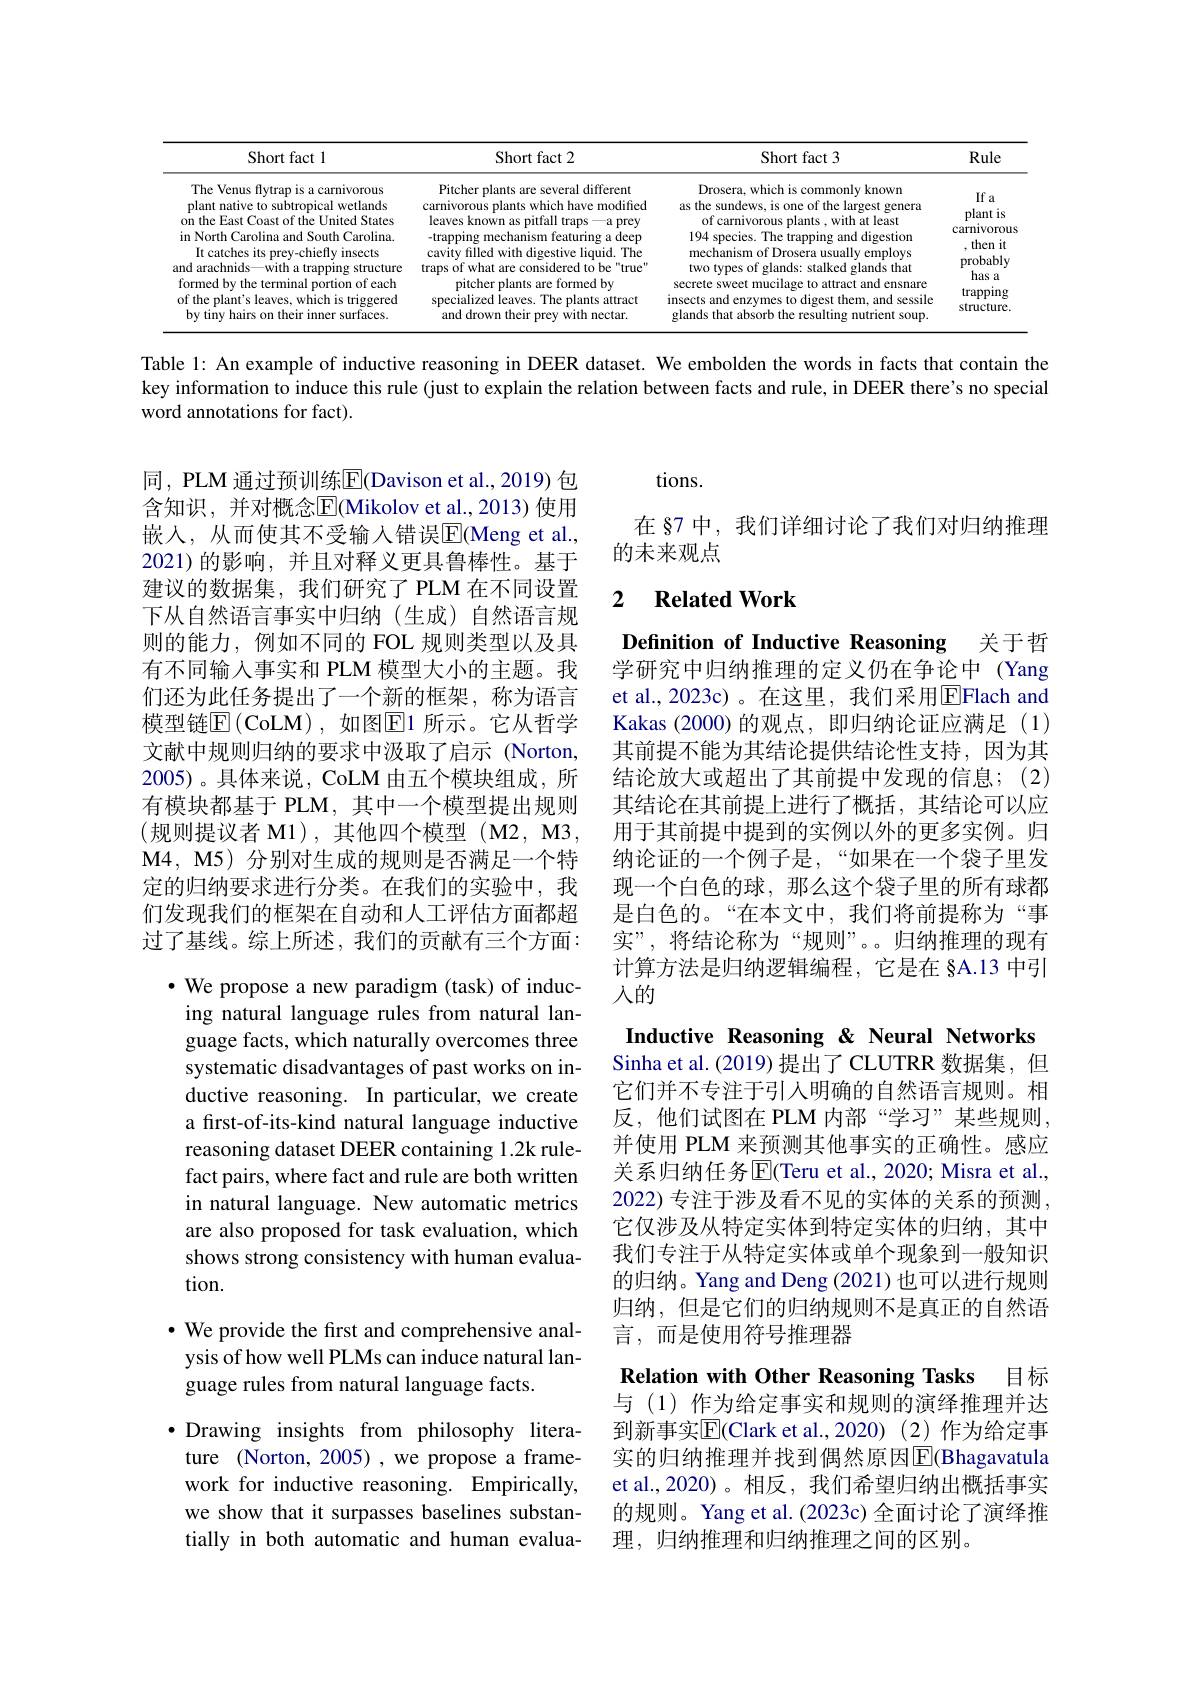
<table>
	<tbody>
		<tr>
			<th>Short fact l</th>
			<th>Short fact 2</th>
			<th>Short fact 3</th>
			<th>Rule</th>
		</tr>
		<tr>
			<td>plant native to subtropical wetlands on the East Coast of the United States in North Carolina and South Carolina It catches its prey-chiefly insects and arachnids—with a trapping structure formed by the terminal portion of each of the plant's leaves, which is triggered by tiny hairs on their inner surfaces.</td>
			<td>carnivorous plants which have modified leaves known as pitfall traps —a prey -trapping mechanism featuring a deep cavity filled with digestive liquid. The traps of what are considered to be "true" pitcher plants are formed by specialized leaves. The plants attract and drown their prey with nectar.</td>
			<td>as the sundews, is one of the largest genera of carnivorous plants , with at least 194 species. The trapping and digestion mechanism of Drosera usually employs two types of glands: stalked glands that secrete sweet mucilage to attract and ensnare insects and enzymes to digest them, and sessile glands that absorb the resulting nutrient soup.</td>
			<td>plant is carnivorous then it 1 probably has a trapping structure.</td>
		</tr>
	</tbody>
</table>

Table 1: An example of inductive reasoning in DEER dataset. We embolden the words in facts that contain the key information to induce this rule (just to explain the relation between facts and rule, in DEER there's no special word annotations for fact).

tions.

在 §7 中，我们详细讨论了我们对归纳推理
的未来观点

### 2 $\textbf{Related Work}$

同，PLM 通过预训练$\overline{\mathrm{E}}$(Davison et al., 2019) 包含知识，并对概念$\overline{\mathrm{E}}($Mikolov et al.,2013)使用嵌入，从而使其不受输入错误$\overline{\mathrm{E}}($Meng et al., 2021)的影响，并且对释义更具鲁棒性。基于建议的数据集，我们研究了 PLM 在不同设置下从自然语言事实中归纳(生成)自然语言规则的能力，例如不同的 FOL 规则类型以及具有不同输入事实和 PLM 模型大小的主题。我们还为此任务提出了一个新的框架，称为语言模型链$\mathbb{E} \left ( \mathrm{CoLM}\right ) $,如图$\boxed{\mathrm{E}}1$ 所示。它从哲学文献中规则归纳的要求中汲取了启示(Norton, 2005)。具体来说，CoLM 由五个模块组成，所有模块都基于 PLM, 其中一个模型提出规则(规则提议者 M1),其他四个模型(M2,M3 M4, M5) 分别对生成的规则是否满足一个特定的归纳要求进行分类。在我们的实验中，我们发现我们的框架在自动和人工评估方面都超过了基线。综上所述，我们的贡献有三个方面：

Definition of Inductive Reasoning 关于哲学研究中归纳推理的定义仍在争论中 (Yang et al., 2023c)。在这里，我们采用$\overline{\mathrm{E}}$Flach and Kakas (2000) 的观点，即归纳论证应满足 (1) 其前提不能为其结论提供结论性支持，因为其结论放大或超出了其前提中发现的信息；(2) 其结论在其前提上进行了概括，其结论可以应用于其前提中提到的实例以外的更多实例。归纳论证的一个例子是，“如果在一个袋子里发现一个白色的球，那么这个袋子里的所有球都是白色的。“在本文中，我们将前提称为“事实”,将结论称为“规则”。。归纳推理的现有计算方法是归纳逻辑编程，它是在 §A.13 中引人的

Inductive Reasoning &Neural Networks Sinha et al. (2019) 提出了 CLUTRR 数据集，但它们并不专注于引人明确的自然语言规则。相反，他们试图在 PLM 内部“学习”某些规则， 并使用 PLM 来预测其他事实的正确性。感应关系归纳任务$\overline{\mathrm{E}}$(Teru et al., 2020; Misra et al., 2022) 专注于涉及看不见的实体的关系的预测， 它仅涉及从特定实体到特定实体的归纳，其中我们专注于从特定实体或单个现象到一般知识的归纳。Yang and Deng (2021)也可以进行规则归纳，但是它们的归纳规则不是真正的自然语言，而是使用符号推理器
Relation with Other Reasoning Tasks 目标与 (1)作为给定事实和规则的演绎推理并达到新事实$\overline{\mathrm{E}}($Clark et al.,2020)(2)作为给定事实的归纳推理并找到偶然原因$\boxed{\mathrm{F}}$(Bhagavatula

$\cdot$ We propose a new paradigm (task) of inducing natural language rules from natural language facts, which naturally overcomes three systematic disadvantages of past works on inductive reasoning. In particular, we create a first-of-its-kind natural language inductive reasoning dataset DEER containing 1.2k rulefact pairs, where fact and rule are both written in natural language. New automatic metrics are also proposed for task evaluation, which shows strong consistency with human evaluation.

$\cdot$ We provide the first and comprehensive analysis of how well PLMs can induce natural language rules from natural language facts.

et al.,2020)。相反，我们希望归纳出概括事实的规则。Yang et al.(2023c) 全面讨论了演绎推理，归纳推理和归纳推理之间的区别。

$\bullet$ Drawing insights from philosophy literature (Norton, 2005) , we propose a framework for inductive reasoning. Empirically, we show that it surpasses baselines substantially in both automatic and human evalua-